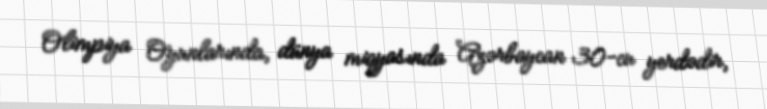
Olimpiya Oyunlarında, dünya miqyasında Azərbaycan 30-cu yerdədir,